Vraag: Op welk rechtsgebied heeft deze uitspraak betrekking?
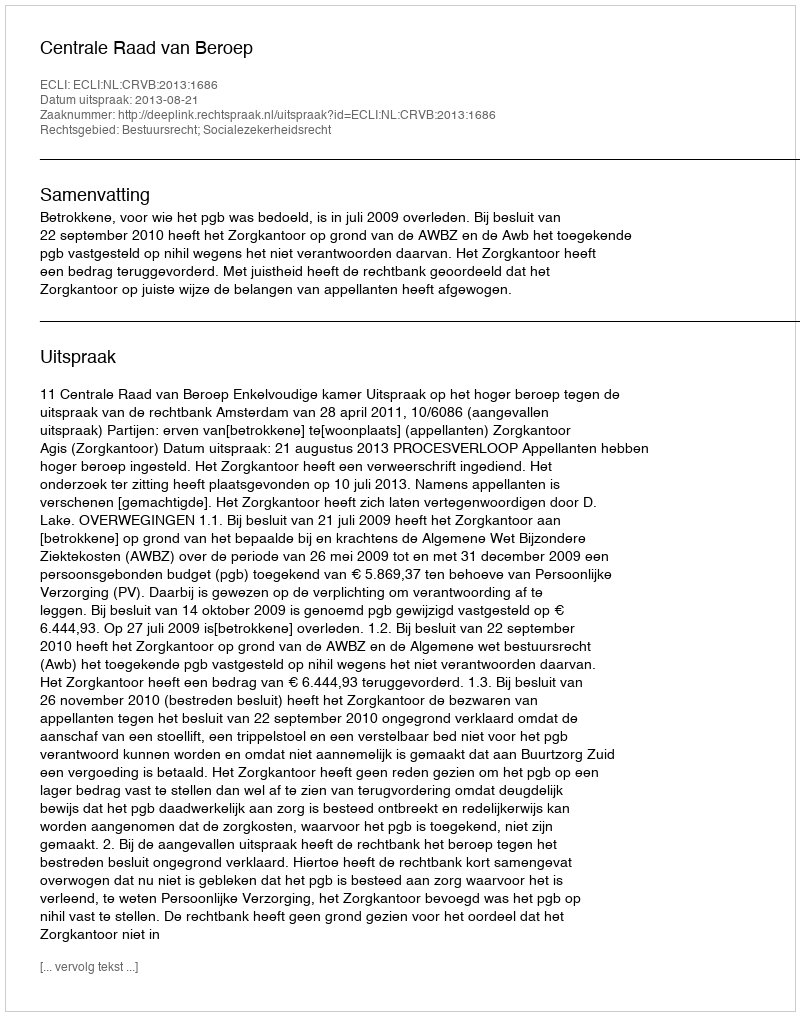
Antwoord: Bestuursrecht; Socialezekerheidsrecht